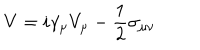
LaTeX: V = i \gamma _ { \mu } V _ { \mu } - \frac { 1 } { 2 } \sigma _ { \mu \nu }